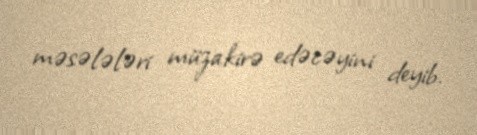
məsələləri müzakirə edəcəyini deyib.